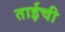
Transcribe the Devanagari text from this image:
ताईची